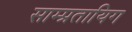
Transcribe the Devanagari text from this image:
साम्प्रतायिग